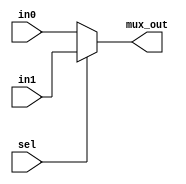
/*
The address multiplexor selects between the instruction address during the instruction 
fetch phase and the operand address during the instruction execution phase.  
*/  
`default_nettype none
module Multiplexor #(
    parameter MUX_WIDTH=5
) (
    input  wire                        sel,
    input  wire  [MUX_WIDTH-1:0]       in0,
    input  wire  [MUX_WIDTH-1:0]       in1,
    output wire  [MUX_WIDTH-1:0]       mux_out
);

assign mux_out=sel?in1:in0;
    
endmodule